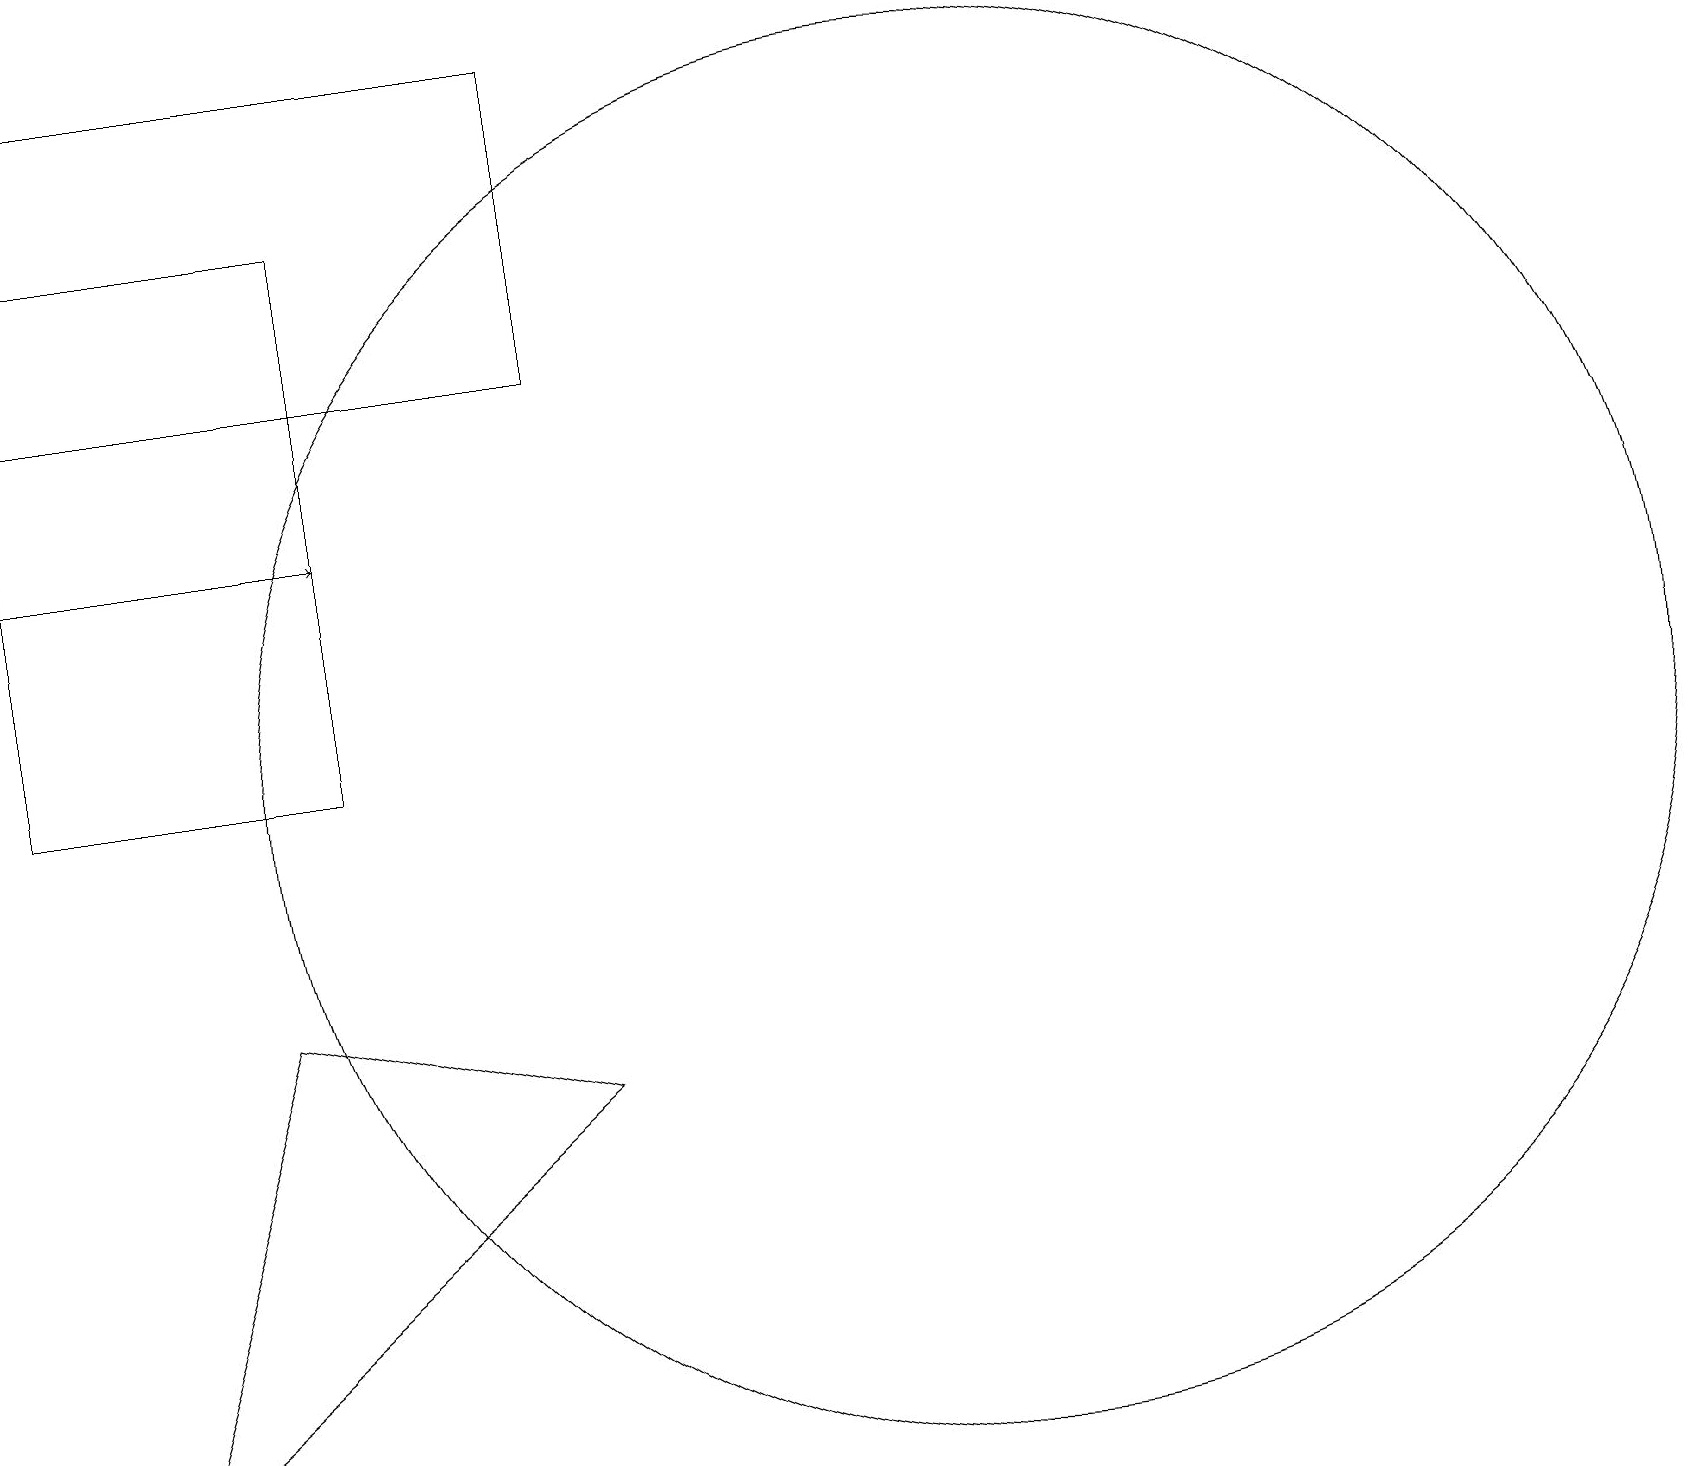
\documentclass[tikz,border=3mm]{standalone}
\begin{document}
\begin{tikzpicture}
\draw (12,10) circle (9);
\draw[->] (0,13) -- (4,13);
\draw (1,1) -- (3,7) -- (7,6) -- cycle;
\draw (4,17) rectangle (0,10);
\draw (0,19) rectangle (7,15);
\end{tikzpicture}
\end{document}